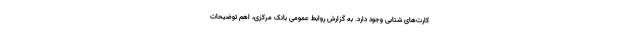
کارت‌های شتابی وجود دارد. به گزارش روابط عمومی بانک مرکزی، اهم توضیحات